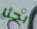
بحثا